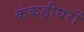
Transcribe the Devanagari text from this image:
कंकड़ीघरों